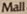
Mall